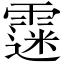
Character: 𩄲